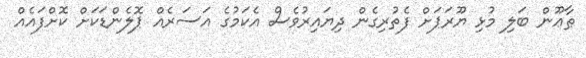
ޠާޢޫން ބަލި މުޅި ޔޫރަޕަށް ފެތުރިގެން ދިޔައިރުވެސް އެކަމުގެ އަސަރެއް ޕޮލެންޑަކަށް ކޮށްފައެއް